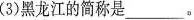
(3)黑龙江的简称是___。